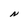
Character: N